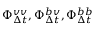
\Phi _ { \Delta t } ^ { v v } , \Phi _ { \Delta t } ^ { b v } , \Phi _ { \Delta t } ^ { b b }